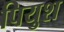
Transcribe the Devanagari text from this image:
पियुश